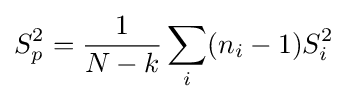
S_{p}^{2}={\frac {1}{N-k}}\sum _{i}(n_{i}-1)S_{i}^{2}